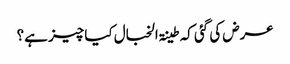
عرض کی گئی کہ طینۃ الخبال کیا چیز ہے؟